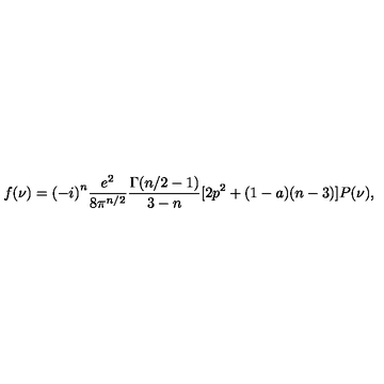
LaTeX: f ( \nu ) = { ( - i ) } ^ { n } \frac { e ^ { 2 } } { 8 { \pi } ^ { n / 2 } } \frac { \Gamma ( n / 2 - 1 ) } { 3 - n } [ 2 p ^ { 2 } + ( 1 - a ) ( n - 3 ) ] P ( \nu ) ,